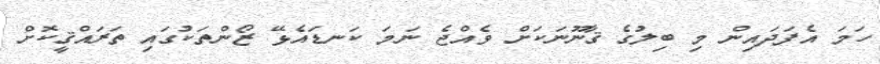
ހަމަ އެފަދައިން މި ބިލުގެ ޤާނޫނަކަށް ވެއްޖެ ނަމަ ކަނޑައެޅޭ ޒޯންތަކުގައި ތަރައްޤީކޮށް